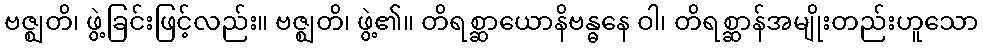
ဗဇ္ဈတိ၊ ဖွဲ့ခြင်းဖြင့်လည်း။ ဗဇ္ဈတိ၊ ဖွဲ့၏။ တိရစ္ဆာယောနိဗန္ဓနေ ဝါ၊ တိရစ္ဆာန်အမျိုးတည်းဟူသော